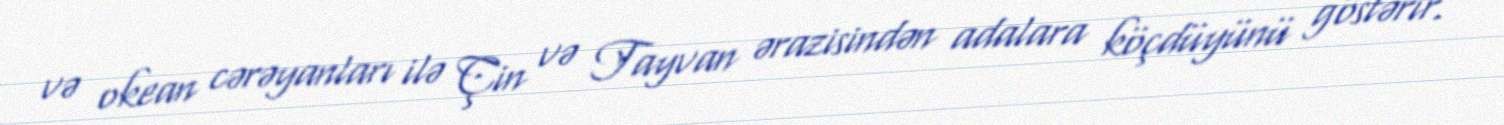
və okean cərəyanları ilə Çin və Tayvan ərazisindən adalara köçdüyünü göstərir.